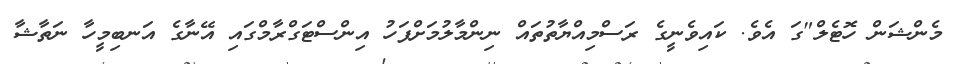
މެންޝަން ހޮޓެލް"ގަ އެވެ. ކައިވެނީގެ ރަސްމިއްޔާތުތައް ނިންމާލުމަށްފަހު އިންސްޓަގްރާމްގައި އޭނާގެ އަނބިމީހާ ނަތާޝާ